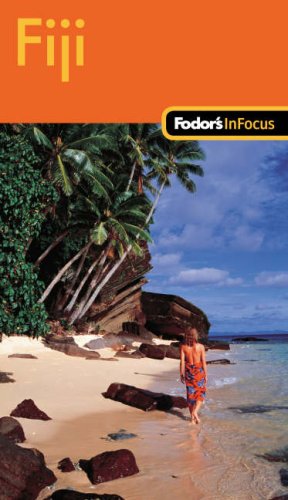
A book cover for Fodor's In Focus Fiji, 1st Edition (Travel Guide); Fodor's; Travel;